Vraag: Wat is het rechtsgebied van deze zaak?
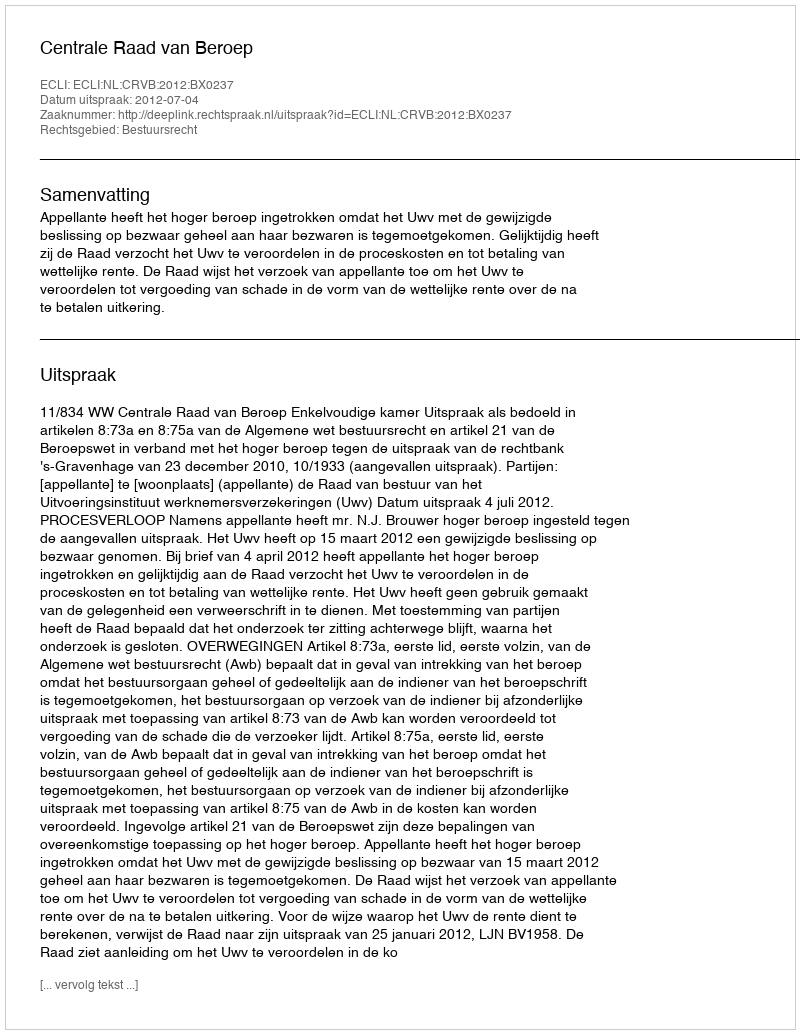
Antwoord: Bestuursrecht